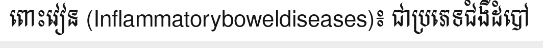
ពោះវៀន (Inflammatoryboweldiseases)៖ ជាប្រភេទជំងឺដំបៅ